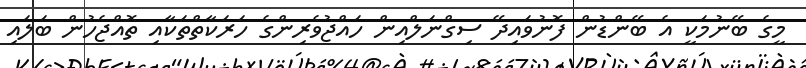
މީގެ ބޭނުމަކީ އެ ބޭންޑުން ފޮނުވައިދޭ ސިގްނަލްއިން ހައްޖުވެރިންގެ ހަރަކާތްތަކާއި ތޮއްޖެހުން ބަލައި